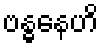
ဗန္ဓနေဟိ